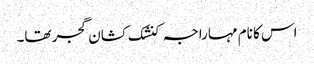
اس کا نام مہاراجہ کنشک کشان گجر تھا۔